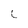
Character: L